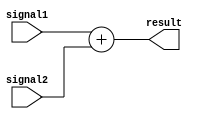
module Adder (
    input [7:0] signal1,
    input [7:0] signal2,
    output reg [8:0] result
);

always @ (signal1, signal2) begin
    result = signal1 + signal2;
end

endmodule